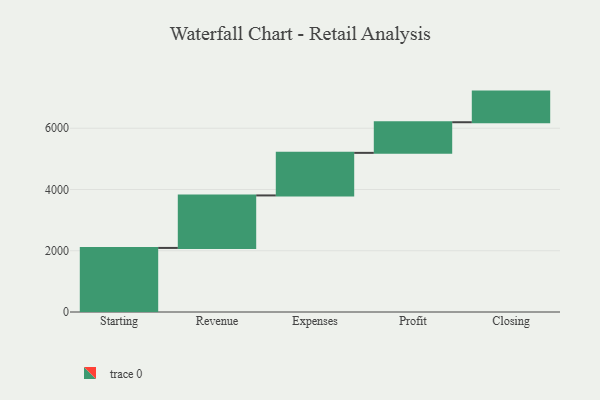
{"axis": {"x": "Step", "y": "Value"}, "legend": [""], "data": [{"x": "Starting", "y": 2092.0, "type": ""}, {"x": "Revenue", "y": 1714.0, "type": ""}, {"x": "Expenses", "y": 1390.0, "type": ""}, {"x": "Profit", "y": 1000, "type": ""}, {"x": "Closing", "y": 1000, "type": ""}]}